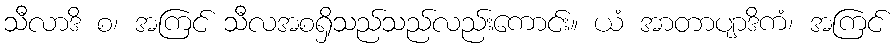
သီလာဒိ စ၊ အကြင် သီလအစရှိသည်သည်လည်းကောင်း။ ယံ အာတာပျာဒိကံ၊ အကြင်